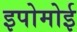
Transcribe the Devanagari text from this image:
इपोमोई